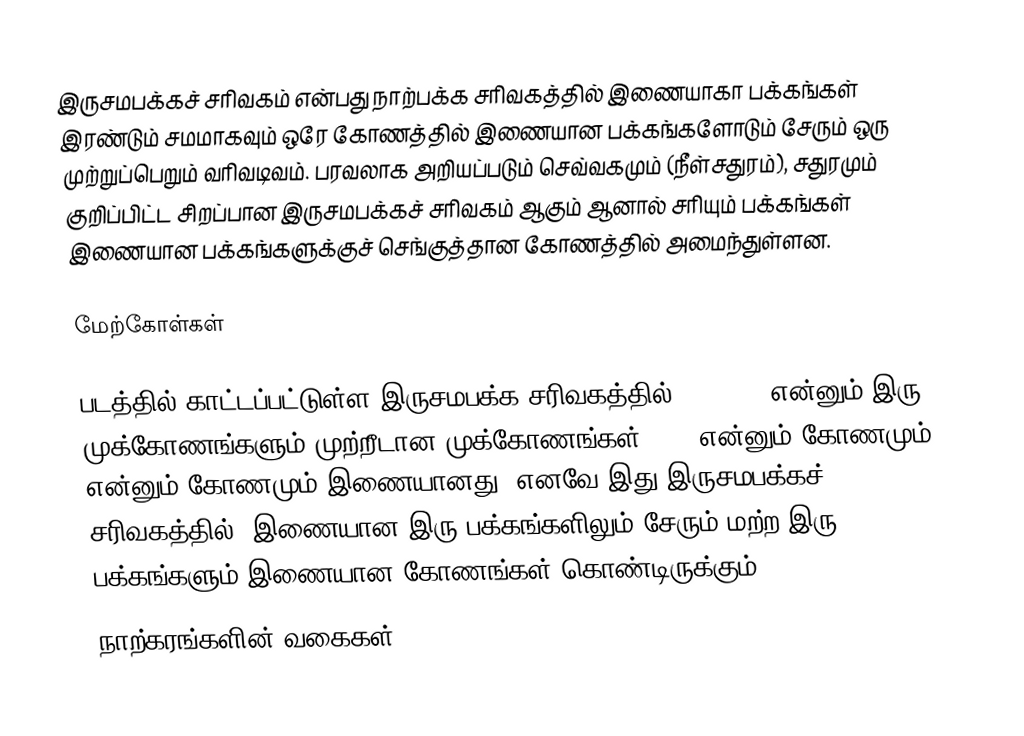
இருசமபக்கச் சரிவகம் என்பது நாற்பக்க சரிவகத்தில் இணையாகா பக்கங்கள் இரண்டும் சமமாகவும் ஒரே கோணத்தில் இணையான பக்கங்களோடும் சேரும் ஒரு முற்றுப்பெறும் வரிவடிவம். பரவலாக அறியப்படும் செவ்வகமும் (நீள்சதுரம்), சதுரமும் குறிப்பிட்ட சிறப்பான இருசமபக்கச் சரிவகம் ஆகும் ஆனால் சரியும் பக்கங்கள் இணையான பக்கங்களுக்குச் செங்குத்தான கோணத்தில் அமைந்துள்ளன.

மேற்கோள்கள்

படத்தில் காட்டப்பட்டுள்ள இருசமபக்க சரிவகத்தில் ABD, ACD என்னும் இரு முக்கோணங்களும் முற்றீடான முக்கோணங்கள். BAD என்னும் கோணமும், CDA என்னும் கோணமும் இணையானது. எனவே இது இருசமபக்கச் சரிவகத்தில், இணையான இரு பக்கங்களிலும் சேரும் மற்ற இரு பக்கங்களும் இணையான கோணங்கள் கொண்டிருக்கும்.
நாற்கரங்களின் வகைகள்